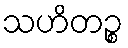
သဟိတဉ္စ